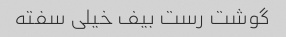
گوشت رست بیف خیلی سفته